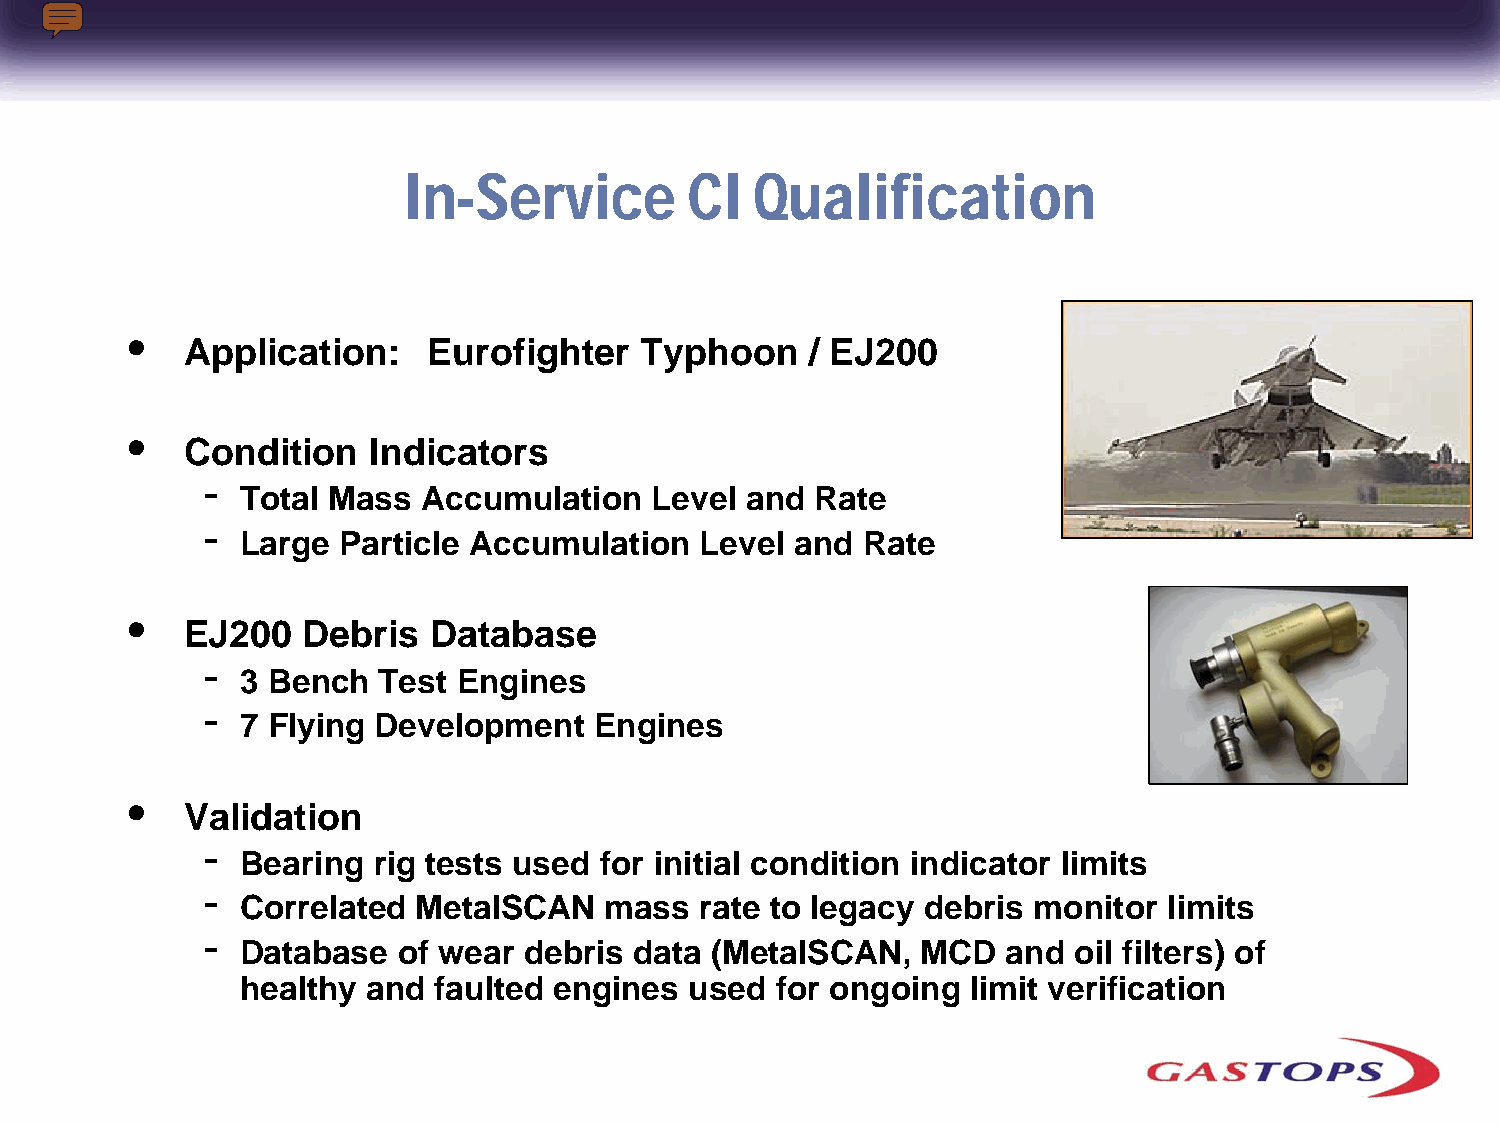
In-Service        CI   Qualification
 •
 Application:    Eurofighter   Typhoon     / EJ200
 •
 Condition   Indicators
 -
 Total Mass  Accumulation   Level and  Rate
 -
 Large Particle Accumulation   Level  and Rate
 •
 EJ200   Debris  Database
 -
 3 Bench  Test Engines
 -
 7 Flying Development   Engines
 •
 Validation
 -
 Bearing  rig tests used for initial condition indicator limits
 -
 Correlated  MetalSCAN   mass  rate to legacy debris monitor  limits
 -
 Database  of wear  debris data (MetalSCAN,   MCD   and oil filters) of
 healthy and  faulted engines  used for ongoing  limit verification